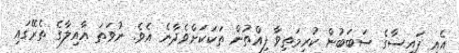
އެއީ ފައިސާގެ ސަބަބުން ކުރިމަތިވާ ފިއްތުން ތަކަކަށްވެދާނެ އެވެ. ނުވަތަ އާއިލާގެ ތެރޭގައި